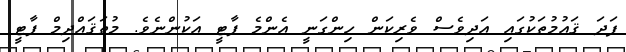
ފަދަ ޤައުމުތަކުގައި އަދިވެސް ވެރިކަން ހިންގަނީ އެންމެ ޕާޓީ އަކުންނެވެ. މުތަޤައްދިމް ޕާޓީ